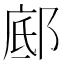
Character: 䣌